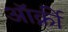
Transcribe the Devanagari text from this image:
ऑर्क्नी